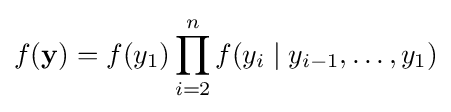
f(\mathbf {y} )=f(y_{1})\prod _{i=2}^{n}f(y_{i}\mid y_{i-1},\dots ,y_{1})